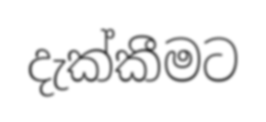
දැක්කීමට